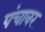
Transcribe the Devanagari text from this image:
पंचावर